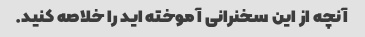
آنچه از این سخنرانی آموخته اید را خلاصه کنید.